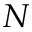
N